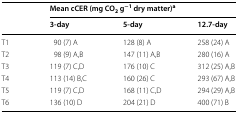
| <ROWSPAN=2>  | <COLSPAN=3> Mean cCER (mg CO2 g−1 dry matter)a |
 | 3-day | 5-day | 12.7-day |
 | --- | --- | --- | --- |
 | T1 | 90 (7) A | 128 (8) A | 258 (24) A |
 | T2 | 98 (9) A,B | 147 (11) A,B | 280 (16) A |
 | T3 | 119 (7) C,D | 176 (10) C | 312 (25) A,B |
 | T4 | 113 (14) B,C | 160 (26) C | 293 (67) A,B |
 | T5 | 119 (7) C,D | 168 (11) C,D | 294 (29) A,B |
 | T6 | 136 (10) D | 204 (21) D | 400 (71) B |